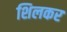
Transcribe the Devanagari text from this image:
शिलकर